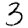
Digit: 3